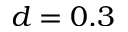
d = 0 . 3